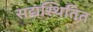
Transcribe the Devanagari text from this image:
सद्यस्थितित